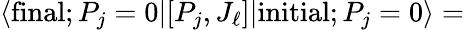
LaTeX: \langle\mathrm{final};P_{j}=0|[P_{j},J_{\ell}]|\mathrm{initial};P_{j}=0\rangle=